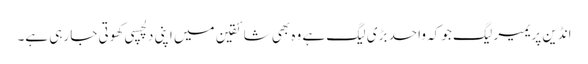
انڈین پریمیر لیگ جو کہ واحد بڑی لیگ ہے وہ بھی شائقین میں اپنی دلچسپی کھوتی جا رہی ہے۔